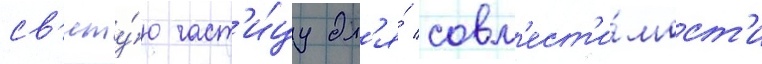
св'яту́ю част'и́цу дл'я́ совм'ест'и́мост'и